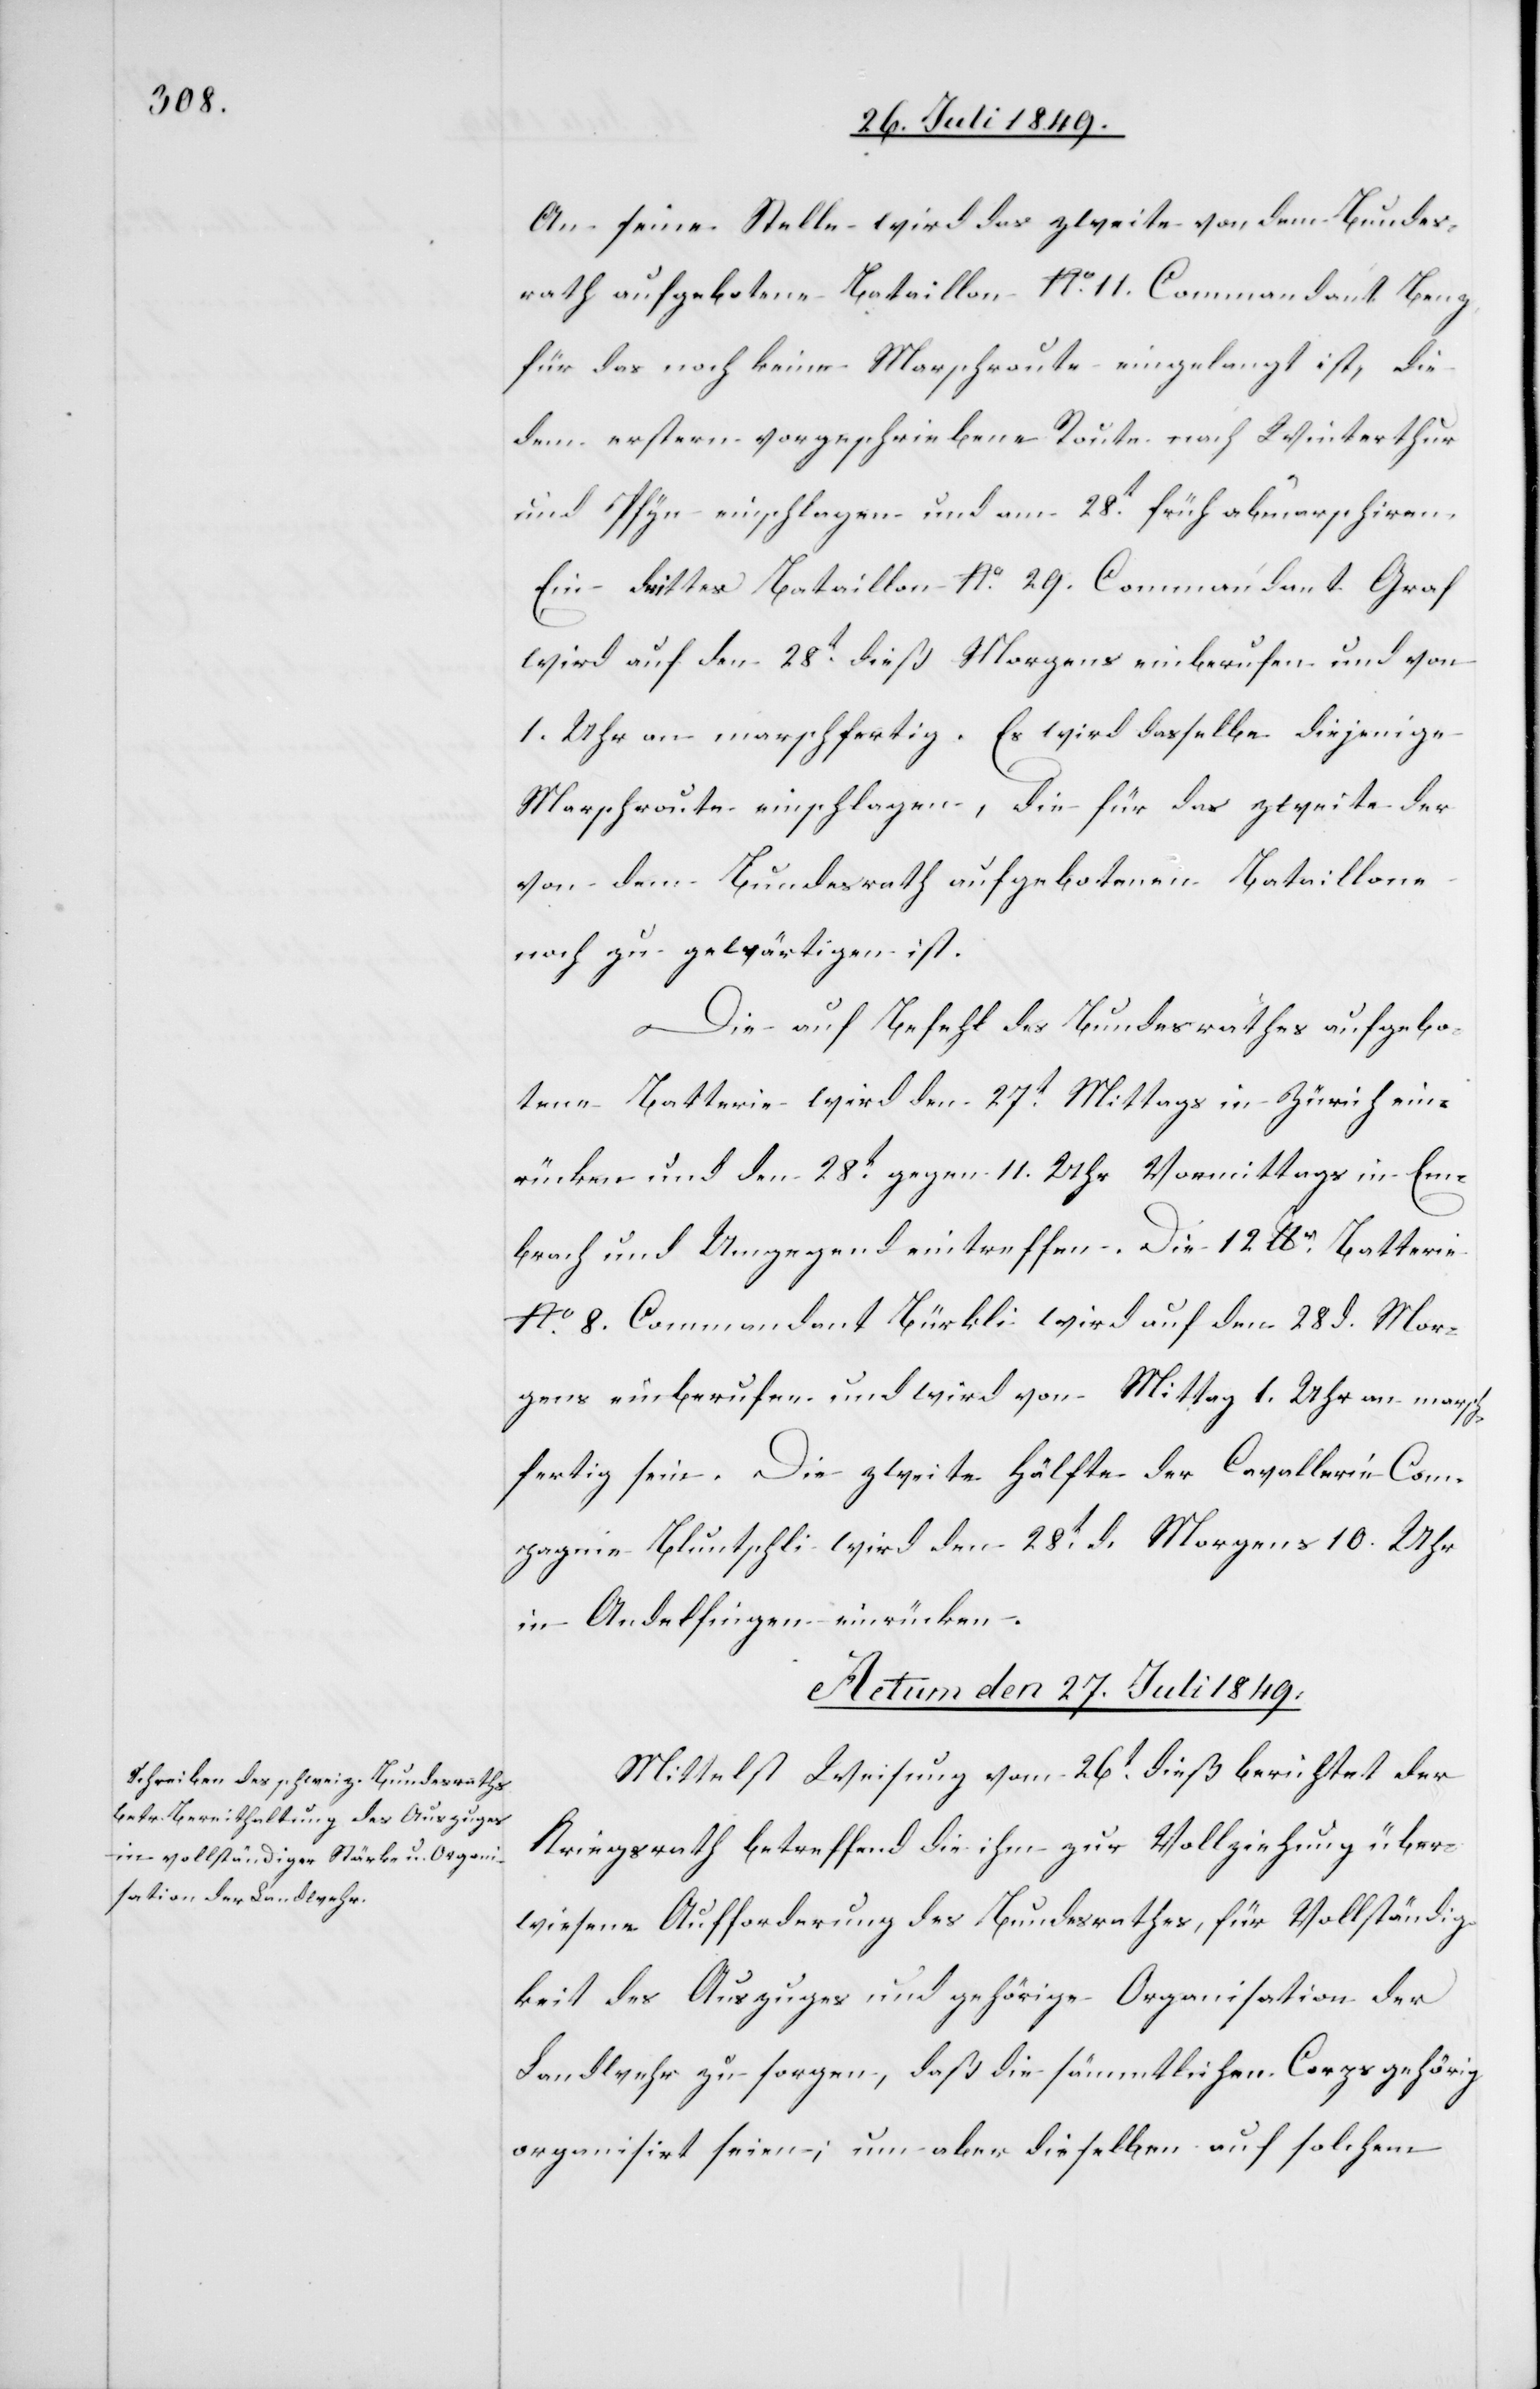
An seine Stelle wird das zweite von dem Bundes¬
rath aufgebotene Bataillon No. 11. Commandant Benz
für das noch keine Marschroute eingelangt ist, die
dem erstern vorgeschriebene Route nach Winterthur
und Pfyn einschlagen und am 28t früh abmarschiren.
Ein drittes Bataillon No. 29. Commandant Graf
wird auf den 28t dieß Morgens einberufen und von
1. Uhr an marschfertig. Es wird dasselbe diejenige
Marschroute einschlagen, die für das zweite der
von dem Bundesrath aufgebotenen Bataillone
noch zu gewärtigen ist.
Die auf Befehl des Bundesrathes aufgebo¬
tene Batterie wird den 27t Mittags in Zürich ein¬
rücken und den 28t gegen 11. Uhr Vormittags in Em¬
brach und Umgegend eintreffen. Die 12 lbr Batterie
No. 8. Commandant Bürkli wird auf den 28 d. Mor¬
gen einberufen und wird von Mittag 1. Uhr an marsch¬
fertig sein. Die zweite Hälfte der Cavallerie Com¬
pagnie Bluntschli wird den 28t d. Morgens 10. Uhr
in Andelfingen einrücken.
Actum den 27. Juli 1849.
Mittelst Weisung vom 26t dieß berichtet der
Kriegsrath betreffend die ihm zur Vollziehung über¬
wiesene Aufforderung des Bundesrathes, für Vollständig¬
keit des Auszuges und gehörige Organisation der
Landwehr zu sorgen, daß die sämmtlichen Corps gehörig
organisirt seien; um aber dieselben auf solchen